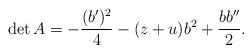
LaTeX: \begin{align*}\det A = -\frac{(b^{\prime})^{2}}{4} - (z+u) b^2 + \frac{b b^{\prime\prime}}{2}.\end{align*}